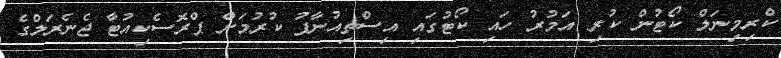
ކްރިމިނަލް ކޯޓުން ކުރި އަމުރު ހައި ކޯޓުގައި އިސްތިއުނާފު ކުރުމަށް ޕްރޮސެކިއުޓާ ޖެނެރަލްގެ